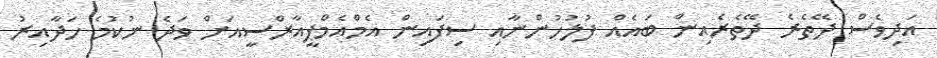
އަދިވެސް ދޭތެރެ ދޭތެރެއިން ބައެއް ފުލުހުންނާއި ސިފައިން އެމްއެމްޕީއާރްސީއަށް ވަދެ ނުކުމެ ހަދާއިރު